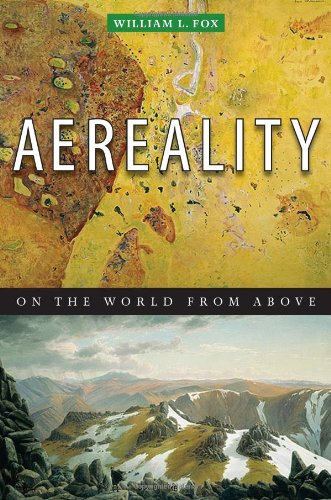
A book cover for Aereality: On the World from Above; William L. Fox; Arts & Photography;